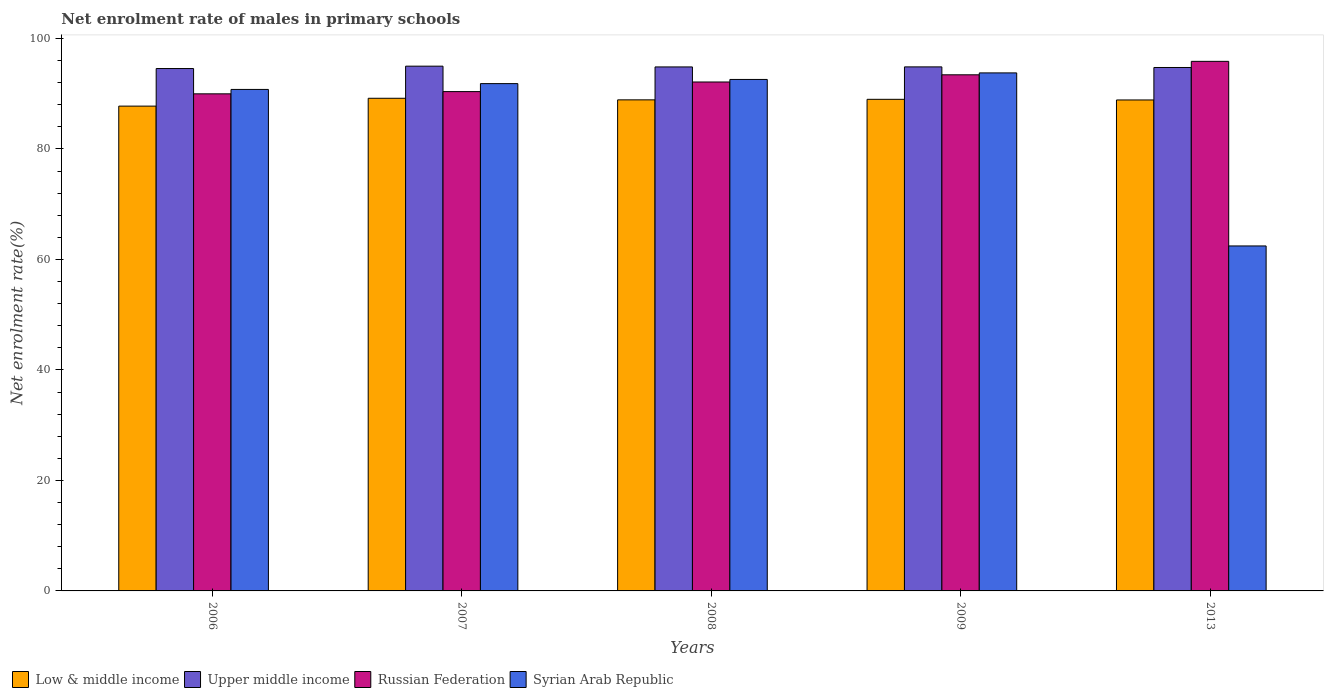
| Years | Low & middle income | Upper middle income | Russian Federation | Syrian Arab Republic |
 | --- | --- | --- | --- | --- |
 | 2006 | 87.8 | 94.6 | 90 | 90.8 |
 | 2007 | 89.2 | 95 | 90.4 | 91.8 |
 | 2008 | 88.9 | 94.9 | 92.1 | 92.6 |
 | 2009 | 89 | 94.9 | 93.4 | 93.8 |
 | 2013 | 88.9 | 94.8 | 95.9 | 62.4 |